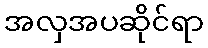
အလှအပဆိုင်ရာ